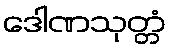
ဒေါဏသုတ္တံ